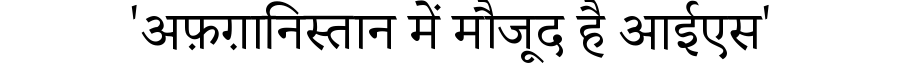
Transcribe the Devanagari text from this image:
'अफ़ग़ानिस्तान में मौजूद है आईएस'